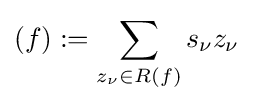
(f):=\sum _{z_{\nu }\in R(f)}s_{\nu }z_{\nu }